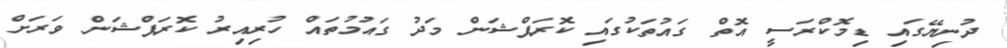
ދުނިޔޭގައި ޑިމޮކްރަސީ އޮތް ގައުތަކުގައި ކޮރަޕްޝަން މަދު ގައުމުތައް ހުރިއިރު ކޮރަޕްޝަން ވަރަށް